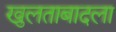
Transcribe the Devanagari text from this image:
खुलताबादला